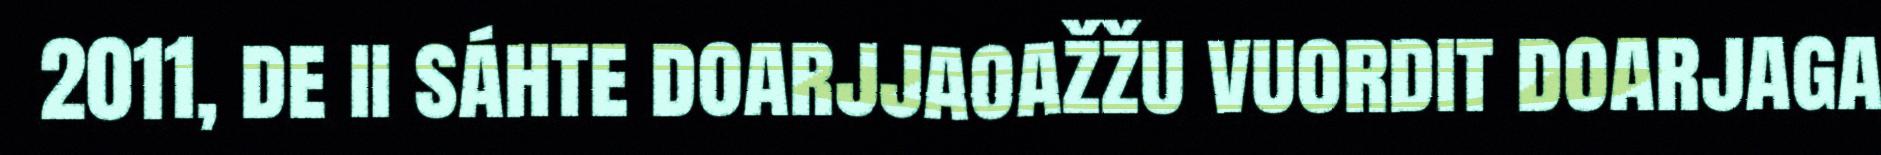
2011, de ii sáhte doarjjaoažžu vuordit doarjaga